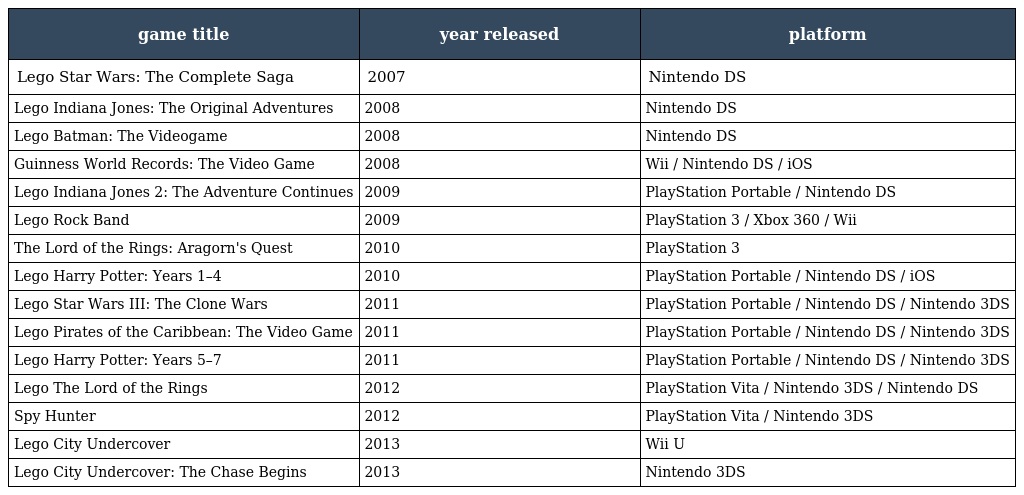
| game title | year released | platform |
 | --- | --- | --- |
 | Lego Star Wars: The Complete Saga | 2007 | Nintendo DS |
 | Lego Indiana Jones: The Original Adventures | 2008 | Nintendo DS |
 | Lego Batman: The Videogame | 2008 | Nintendo DS |
 | Guinness World Records: The Video Game | 2008 | Wii / Nintendo DS / iOS |
 | Lego Indiana Jones 2: The Adventure Continues | 2009 | PlayStation Portable / Nintendo DS |
 | Lego Rock Band | 2009 | PlayStation 3 / Xbox 360 / Wii |
 | The Lord of the Rings: Aragorn's Quest | 2010 | PlayStation 3 |
 | Lego Harry Potter: Years 1–4 | 2010 | PlayStation Portable / Nintendo DS / iOS |
 | Lego Star Wars III: The Clone Wars | 2011 | PlayStation Portable / Nintendo DS / Nintendo 3DS |
 | Lego Pirates of the Caribbean: The Video Game | 2011 | PlayStation Portable / Nintendo DS / Nintendo 3DS |
 | Lego Harry Potter: Years 5–7 | 2011 | PlayStation Portable / Nintendo DS / Nintendo 3DS |
 | Lego The Lord of the Rings | 2012 | PlayStation Vita / Nintendo 3DS / Nintendo DS |
 | Spy Hunter | 2012 | PlayStation Vita / Nintendo 3DS |
 | Lego City Undercover | 2013 | Wii U |
 | Lego City Undercover: The Chase Begins | 2013 | Nintendo 3DS |